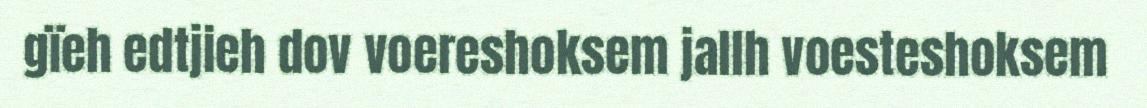
gïeh edtjieh dov voereshoksem jallh voesteshoksem